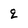
Character: q